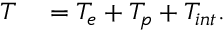
\begin{array} { r l } { T } & { { } = T _ { e } + T _ { p } + T _ { i n t } . } \end{array}